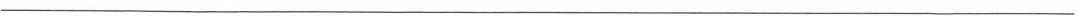
___